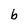
Character: b